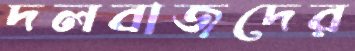
দলবাজদের